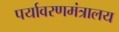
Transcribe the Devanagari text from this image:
पर्यावरणमंत्रालय